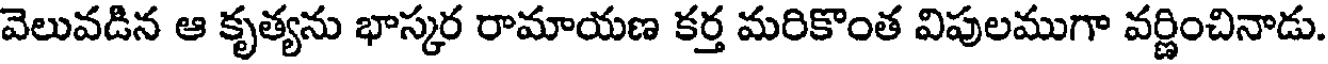
వెలువడిన ఆ కృత్యను భాస్కర రామాయణ కర్త మరికొంత విపులముగా వర్ణించినాడు.